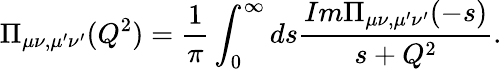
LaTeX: \Pi_{\mu\nu,\mu^{\prime}\nu^{\prime}}(Q^{2})=\displaystyle{\frac{1}{\pi}\int_{0}^{\infty}ds\frac{Im\Pi_{\mu\nu,\mu^{\prime}\nu^{\prime}}(-s)}{s+Q^{2}}}.